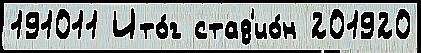
191011 Ито́г стад'ио́н 201920